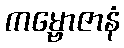
ကမ္ဗောဇာနံ